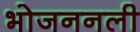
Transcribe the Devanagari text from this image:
भोजननली